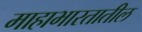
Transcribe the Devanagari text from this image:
माहाभारतातील